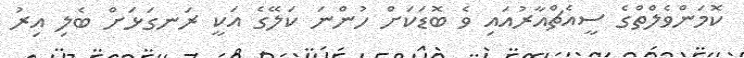
ކޮމަންވެލްތްގެ ސީއެޗްއާރުއައި ވެ ބޮޑަކަށް ހުންނަ ކަލޭގެ އަކީ ރަނގަޅަށް ބެލި އިރު